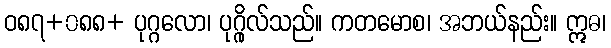
ဝ၈၇+၀၈၈+ ပုဂ္ဂလော၊ ပုဂ္ဂိုလ်သည်။ ကတမောစ၊ အဘယ်နည်း။ ဣဓ၊